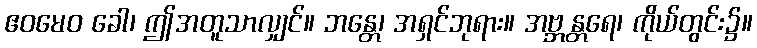
ဧဝမေဝ ခေါ၊ ဤအတူသာလျှင်။ ဘန္တေ၊ အရှင်ဘုရား။ အဗ္ဘန္တရေ၊ ကိုယ်တွင်း၌။